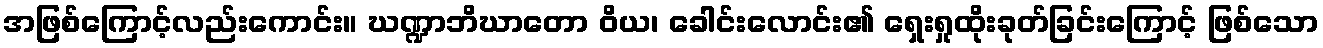
အဖြစ်ကြောင့်လည်းကောင်း။ ဃဏ္ဍာဘိဃာတော ဝိယ၊ ခေါင်းလောင်း၏ ရှေးရှုထိုးခုတ်ခြင်းကြောင့် ဖြစ်သော